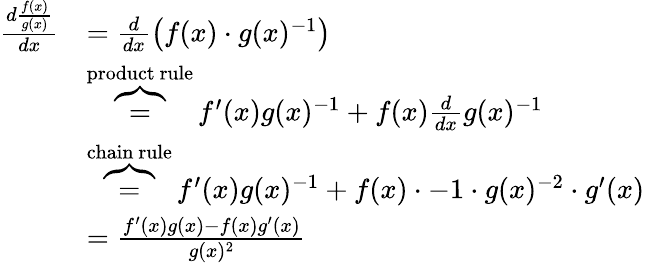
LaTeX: \begin{array}{rl}{\frac{d\frac{f(x)}{g(x)}}{dx}}&{=\frac{d}{dx}\left(f(x)\cdot g(x)^{-1}\right)}\\ &{\overbrace{=}^{\mathrm{product~rule}}f^{\prime}(x)g(x)^{-1}+f(x)\frac{d}{dx}g(x)^{-1}}\\ &{\overbrace{=}^{\mathrm{chain~rule}}f^{\prime}(x)g(x)^{-1}+f(x)\cdot-1\cdot g(x)^{-2}\cdot g^{\prime}(x)}\\ &{=\frac{f^{\prime}(x)g(x)-f(x)g^{\prime}(x)}{g(x)^{2}}}\end{array}